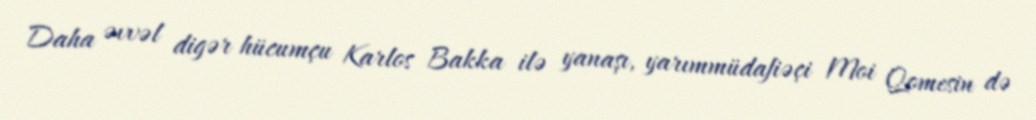
Daha əvvəl digər hücumçu Karlos Bakka ilə yanaşı, yarımmüdafiəçi Moi Qomesin də